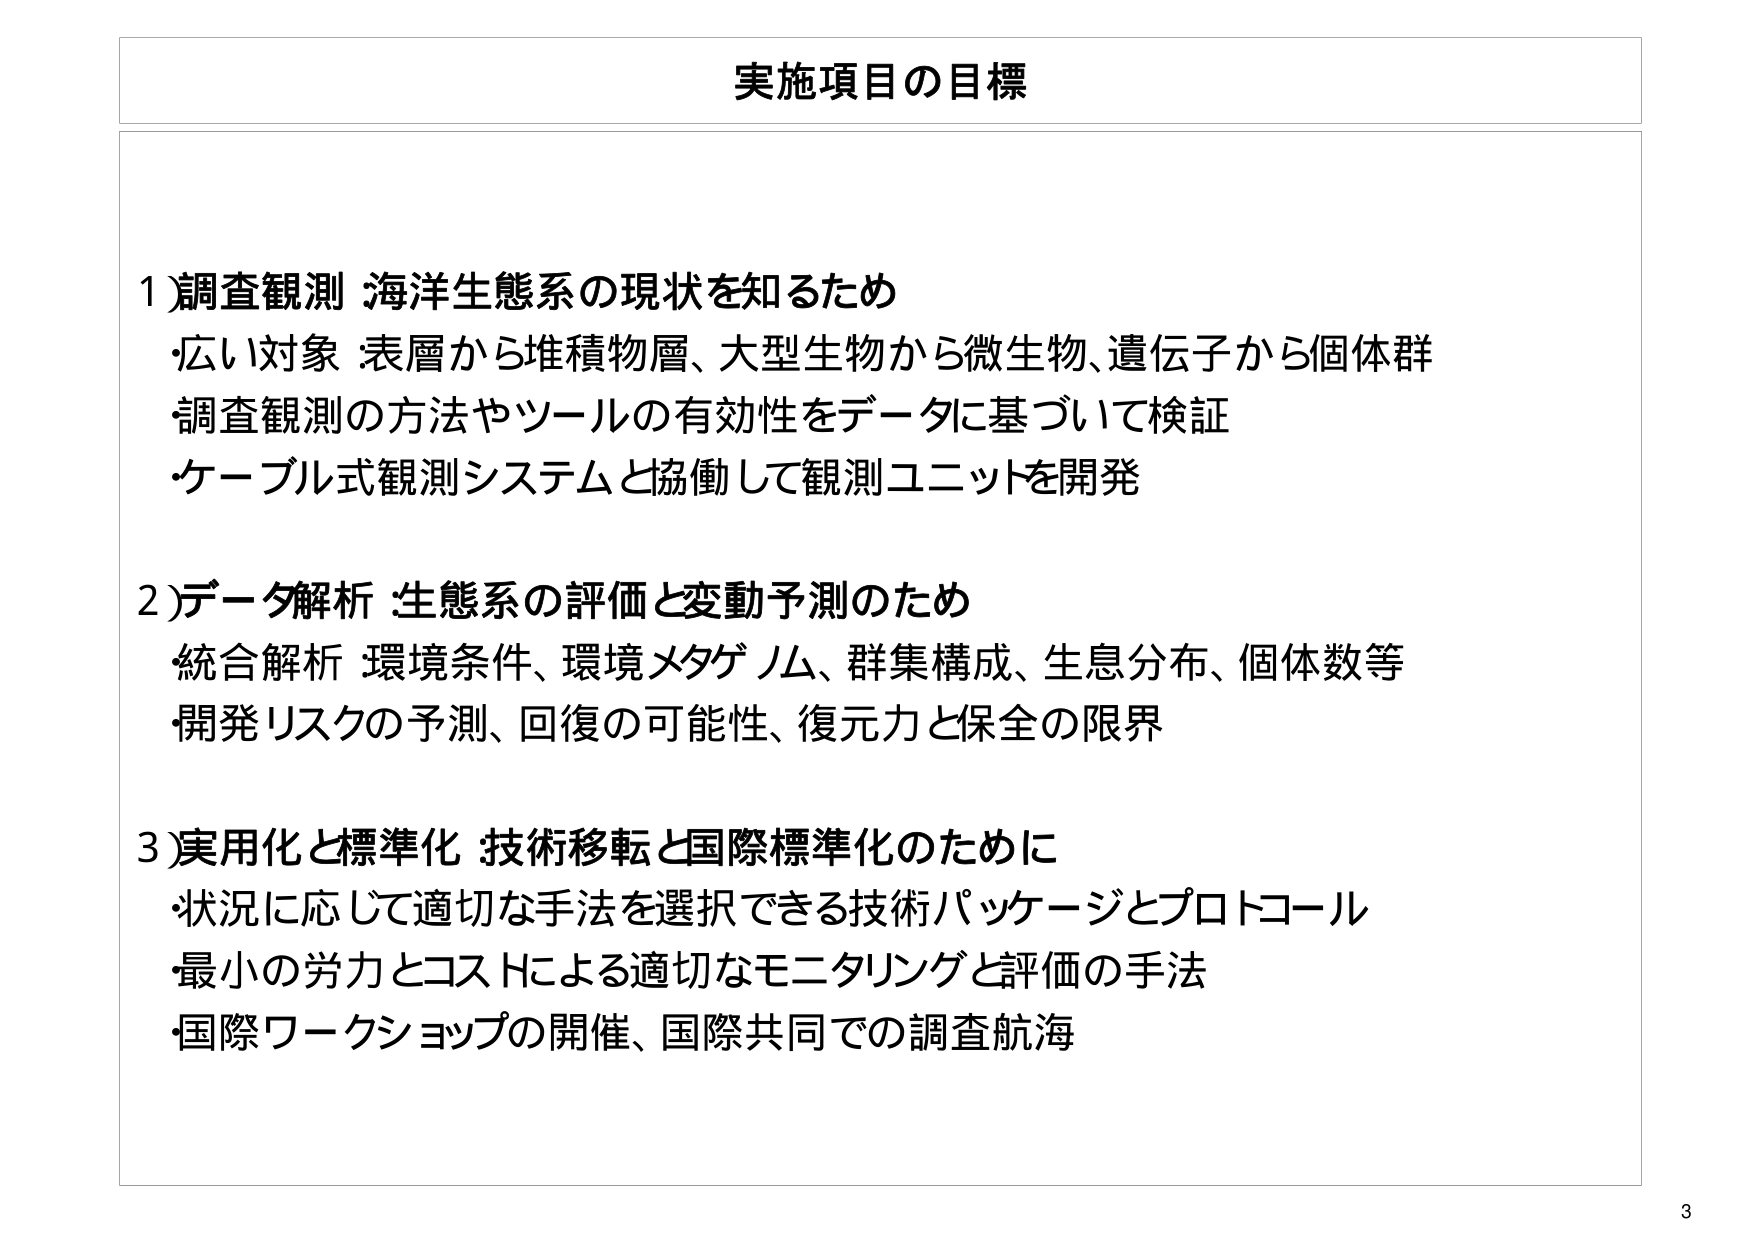
実施項目の目標

1)調査観測 海洋生態系の現状を知るため
・広い対象 :表層から堆積物層、大型生物から微生物、遺伝子から個体群
・調査観測の方法やツールの有効性をデータに基づいて検証
・ケーブル式観測システムと協働して観測ユニットを開発

2)データ解析 :生態系の評価と変動予測のため
・統合解析 環境条件、環境メタゲノム、群集構成、生息分布、個体数等
・開発リスクの予測、回復の可能性、復元力と保全の限界

3)実用化と標準化 :技術移転と国際標準化のために
・状況に応じて適切な手法を選択できる技術パッケージとプロトコール
・最小の労力とコストによる適切なモニタリングと評価の手法
・国際ワークショップの開催、国際共同での調査航海

3